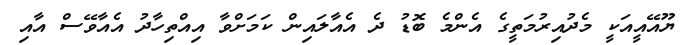
ޔޫއޭއީއަކީ މެދުއިރުމަތީގެ އެންމެ ބޮޑު ދެ އެއާލައިން ކަމަށްވާ އިއްތިހާދު އެއާވޭސް އާއި